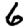
Digit: 6